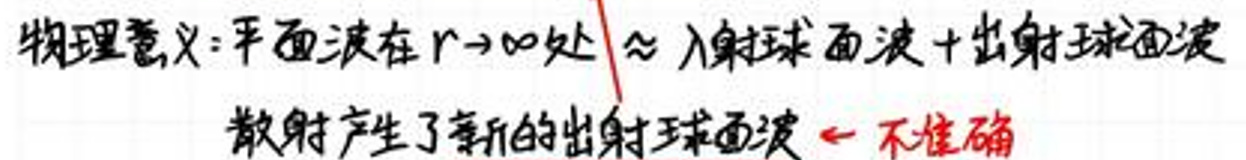
物理意义：平面波在\(r \to \infty\)处 \(\bigwedge\) 入射球面波+出射球面波

散 射 产 生 了 新 的 出 射 球 面 波 \(\leftarrow\) 不 准 确